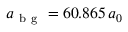
a _ { \mathrm { ~ b ~ g ~ } } = 6 0 . 8 6 5 \, a _ { 0 }